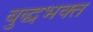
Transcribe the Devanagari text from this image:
बुद्धभक्त